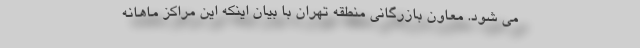
می شود. معاون بازرگانی منطقه تهران با بیان اینکه این مراکز ماهانه